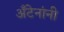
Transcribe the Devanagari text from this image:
अँटेनांनी